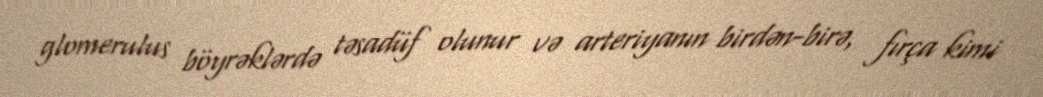
glomerulus böyrəklərdə təsadüf olunur və arteriyanın birdən-birə, fırça kimi